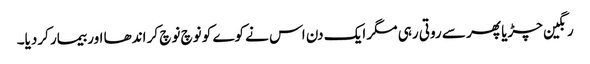
رنگین چڑیا پھر سے روتی رہی مگر ایک دن اس نے کوے کو نوچ نوچ کر اندھا اور بیمار کردیا۔